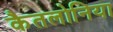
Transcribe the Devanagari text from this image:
कैतलोनिया